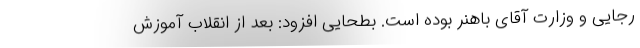
رجایی و وزارت آقای باهنر بوده است. بطحایی افزود: بعد از انقلاب آموزش